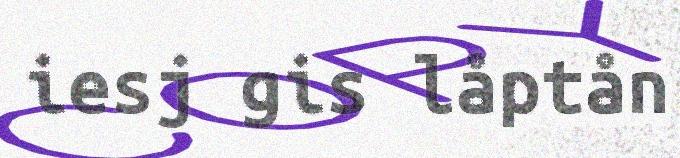
iesj gis låptån